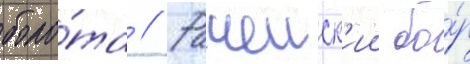
боло́та // Рачеиск'ии бо́р